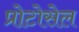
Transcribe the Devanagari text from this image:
प्रोटोसेल